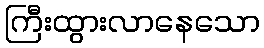
ကြီးထွားလာနေသော